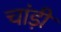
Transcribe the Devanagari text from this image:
चांड़ी